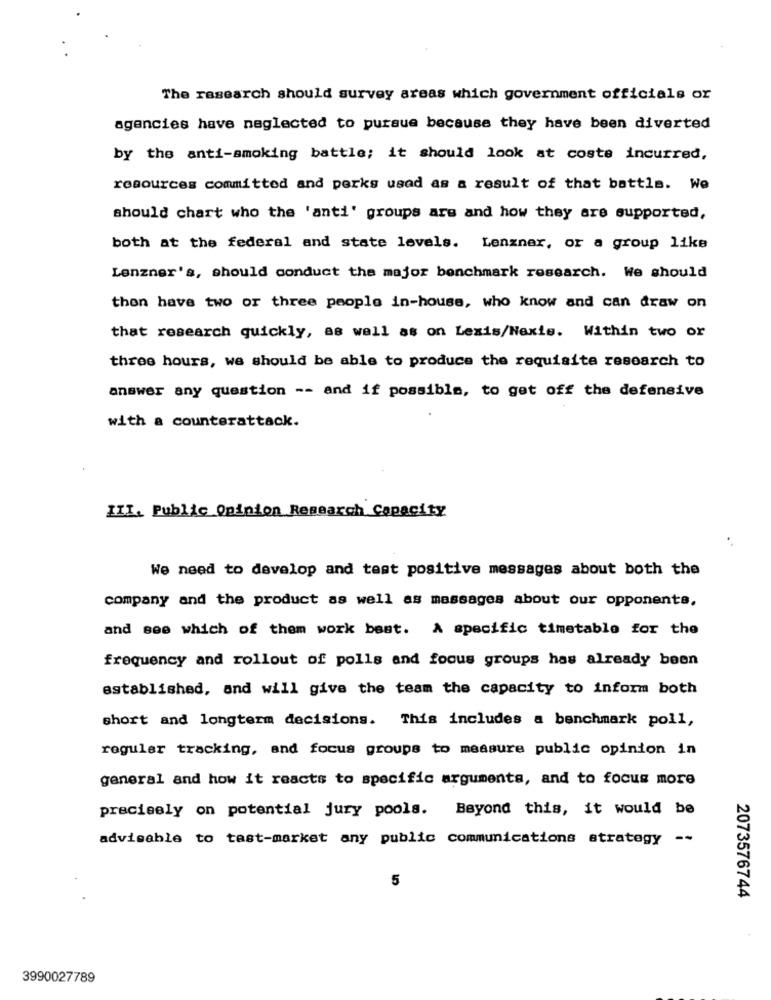
The research should survey areas which government officials or
agencies have neglected to pursue because they have been diverted
by the anti-smoking battle; it should look at coste incurred,
resources committed and perks used as a result of that battle. We
should chart who the 'anti' groups are and how they are supported,
both at the federal and state levels. Lenzner, or a group like
Lenzner's, should conduct the major benchmark research. We should
thon have two or three people in-house, who know and can draw on
that research quickly, as well as on Lexis/Nexis. Within two or
three hours, we should be able to produce the requisite research to
answer any question -- and if possible, to get off the defensive
with a counterattack.
III. Public Opinion Research Capacity
We need to develop and test positive messages about both the
company and the product as well as messages about our opponents,
and see which of them work best. A specific timetable for the
frequency and rollout of polls and focus groups has already been
established, and will give the team the capacity to inform both
short and longterm decisions. This includes a benchmark poll,
roguler tracking, and focus groups to measure public opinion in
general and how it reacts to specific arguments, and to focus more
precisely on potential jury pools. Beyond this, it would be
advisable to test-market any public communications strategy --
5
2073576744
3990027789